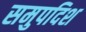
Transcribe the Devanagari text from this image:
समुपदिश